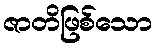
ဇာတိဖြစ်သော